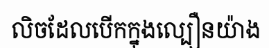
លិចដែលបើកក្នុងល្បឿនយ៉ាង